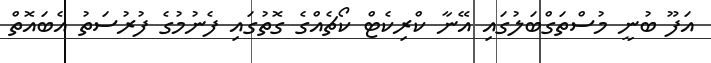
އަފޫ ބުނީ މުސްތަގްބަލުގައި އޭނާ ކްރިކެޓް ކޯޗެއްގެ ގޮތުގައި ފެނުމުގެ ފުރުސަތު އެބައޮތް